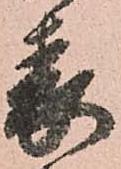
表